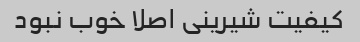
کیفیت شیرینی اصلا خوب نبود